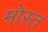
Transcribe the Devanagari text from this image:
मोस्त